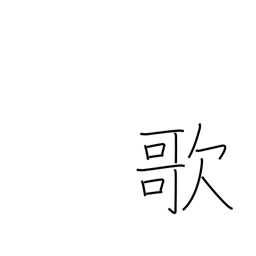
Meaning: sing